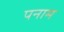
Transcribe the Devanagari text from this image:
पनाम